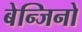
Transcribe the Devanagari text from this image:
बेन्जिनो